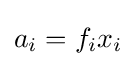
a_{i}=f_{i}x_{i}